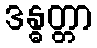
ဒန္ဓတ္တာ